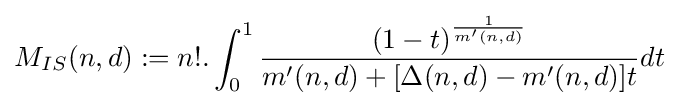
M_{IS}(n,d):=n!.\int _{0}^{1}{\frac {(1-t)^{\frac {1}{m'(n,d)}}}{m'(n,d)+[\Delta (n,d)-m'(n,d)]t}}dt